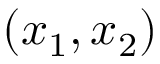
( x _ { 1 } , x _ { 2 } )